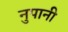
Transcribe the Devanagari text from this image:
नुपानी